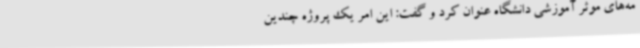
مه‌های موثر آموزشی دانشگاه عنوان کرد و گفت: این امر یک پروژه چندین